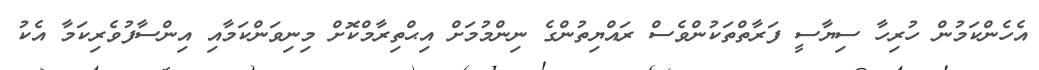
އެހެންކަމުން ހުރިހާ ސިޔާސީ ފަރާތްތަކުންވެސް ރައްޔިތުންގެ ނިންމުމަށް އިޙްތިރާމްކޮށް މިނިވަންކަމާއި އިންސާފުވެރިކަމާ އެކު